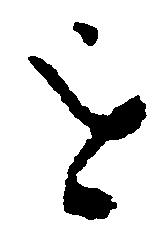
を